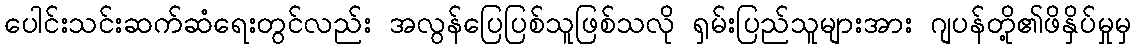
ပေါင်းသင်းဆက်ဆံရေးတွင်လည်း အလွန်ပြေပြစ်သူဖြစ်သလို ရှမ်းပြည်သူများအား ဂျပန်တို့၏ဖိနှိပ်မှုမှ